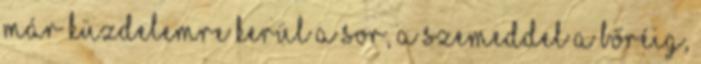
már küzdelemre kerül a sor, a szemeddel a bőréig,